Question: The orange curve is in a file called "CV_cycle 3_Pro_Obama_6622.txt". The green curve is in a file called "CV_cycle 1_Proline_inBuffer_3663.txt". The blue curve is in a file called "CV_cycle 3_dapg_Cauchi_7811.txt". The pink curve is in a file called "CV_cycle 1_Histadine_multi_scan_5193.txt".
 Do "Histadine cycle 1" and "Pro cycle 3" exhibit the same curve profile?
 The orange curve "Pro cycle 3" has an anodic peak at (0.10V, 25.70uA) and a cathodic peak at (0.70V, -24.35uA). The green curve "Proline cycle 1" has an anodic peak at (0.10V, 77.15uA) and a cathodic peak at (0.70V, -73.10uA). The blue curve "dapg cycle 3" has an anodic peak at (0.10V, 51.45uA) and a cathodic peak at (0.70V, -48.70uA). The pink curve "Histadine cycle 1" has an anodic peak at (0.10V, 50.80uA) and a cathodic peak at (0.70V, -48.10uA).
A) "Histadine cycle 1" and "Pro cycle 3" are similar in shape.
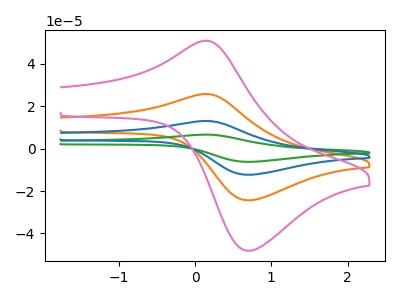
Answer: <think>All the peaks in "Histadine cycle 1" have a peak in "Pro cycle 3" at the same potential. Every peak in "Histadine cycle 1" is higher than every peak in "Pro cycle 3".
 </think>
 <answer>A) "Histadine cycle 1" and "Pro cycle 3" are similar in shape.</answer>
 <eval>A</eval>